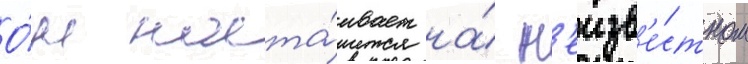
О́н наста́ивает на́ н'еизв'е́стном